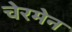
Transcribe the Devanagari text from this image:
चेरमेन